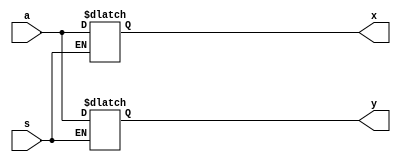
module Demux1a2(x, y, a, s);
  input a, s;
  output x, y;

  always @(s or a0 or a1) begin 
    case (s)
      1'b0: x = a;
      1'b1: y = a;
    endcase
  end
endmodule